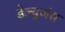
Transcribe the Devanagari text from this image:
डेल्युजंस